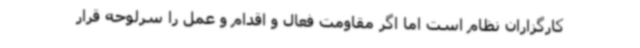
کارگزاران نظام است اما اگر مقاومت فعال و اقدام و عمل را سرلوحه قرار